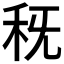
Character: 𥝪